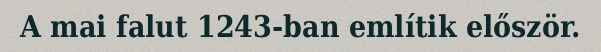
A mai falut 1243-ban említik először.